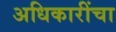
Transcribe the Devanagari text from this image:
अधिकारींचा